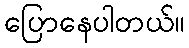
ပြောနေပါတယ်။